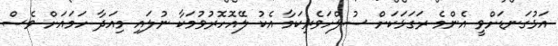
އަޅުގަނޑަށްވީ އެންމެ ރަގަޅަކަށް ސުލްހަވެރިކަމާ އެކު ލޭއޮހޮރުވުމަކާ ނުލައި މިއަދާ ހަމައަށް ވެސް